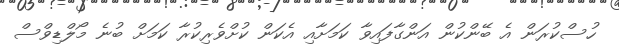
ހުސްކުރަން އެ ބޭންކުން އަންގާފައިވާ ކަމަށާއި އެކަން ކުށްވެރިކުރާ ކަމަށް ބުނެ މޯލްޑިވްސް